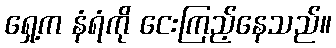
ရှေ့က နံရံကို ငေးကြည့်နေသည်။